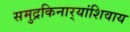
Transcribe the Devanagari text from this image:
समुद्रकिनार्‍यांशिवाय